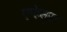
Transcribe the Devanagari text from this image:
एफेसुस